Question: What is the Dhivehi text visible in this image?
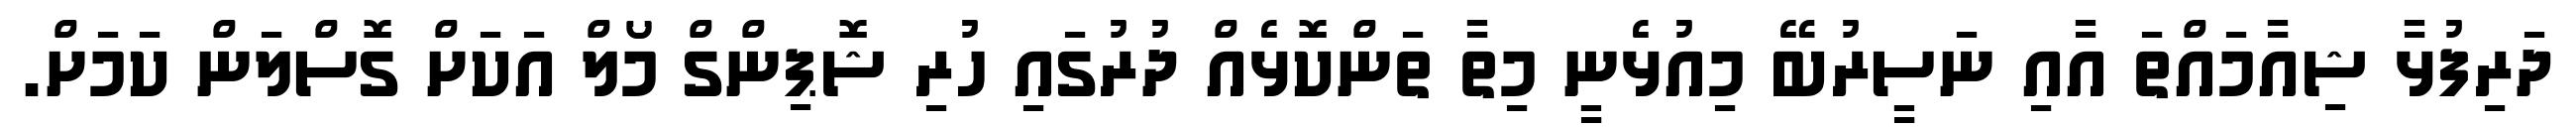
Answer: ދަރިފުޅާ ޝިއާމައްތަ އާއި ނަސީރުބޭ މިއުޅެނީ މިތާ ތަންކޮޅެއް ދުރުގައި ހުރި ޝޮޕިންގް މޯލް އަކަށް ގޮސްލަން ކަމަށް.